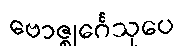
ဗောဇ္ဈင်္ဂေသုပေ